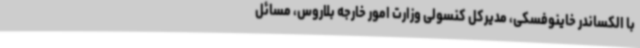
با الکساندر خاینوفسکی، مدیرکل کنسولی وزارت امور خارجه بلاروس، مسائل